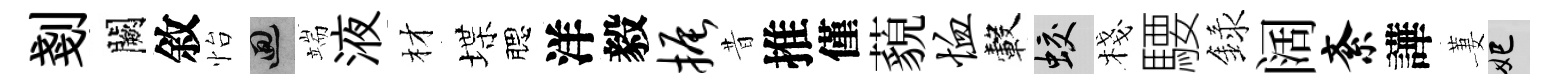
剗闕敘怡回端液材堞腮洋毅振昔推僅藐恤轂蛟棧騕録阔紊譁萋妃